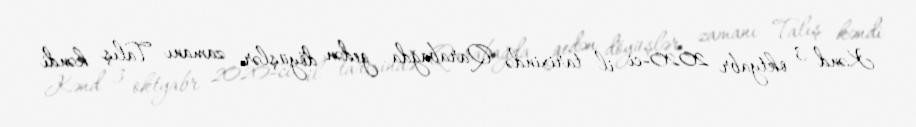
Kənd 3 oktyabr 2020-ci il tarixində Qarabağda gedən döyüşlər zamanı Talış kəndi